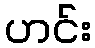
ဟင်း